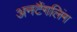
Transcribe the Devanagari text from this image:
अनटैंगलिंग